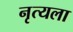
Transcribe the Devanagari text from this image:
नृत्यला